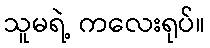
သူမရဲ့ ကလေးရုပ်။